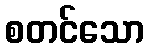
စတင်သော